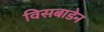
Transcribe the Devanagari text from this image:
विसबाडेन